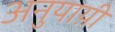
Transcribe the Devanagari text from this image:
अनुयाय़ी